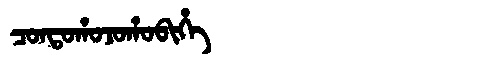
Manchu: ᠴᠣᠨᡨᠣᡥᠣᠵᠣᡥᠣᠪᡳᡥᡝ
Romanization: CONTOHOJOHOBIHE